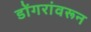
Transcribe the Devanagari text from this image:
डोंगरांवरून